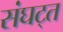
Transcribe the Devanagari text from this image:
संघट्त